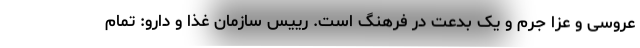
عروسی و عزا جرم و یک بدعت در فرهنگ است. رییس سازمان غذا و دارو: تمام